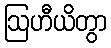
ဩဟီယိတွာ